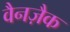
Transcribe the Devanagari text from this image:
वैनज़ैक